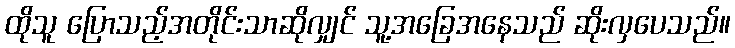
ထိုသူ ပြောသည့်အတိုင်းသာဆိုလျှင် သူ့အခြေအနေသည် ဆိုးလှပေသည်။